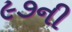
૯૭ની